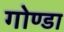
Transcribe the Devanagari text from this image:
गोण्‍डा